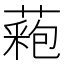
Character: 𦼀